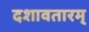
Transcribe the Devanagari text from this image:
दशावतारम्‌